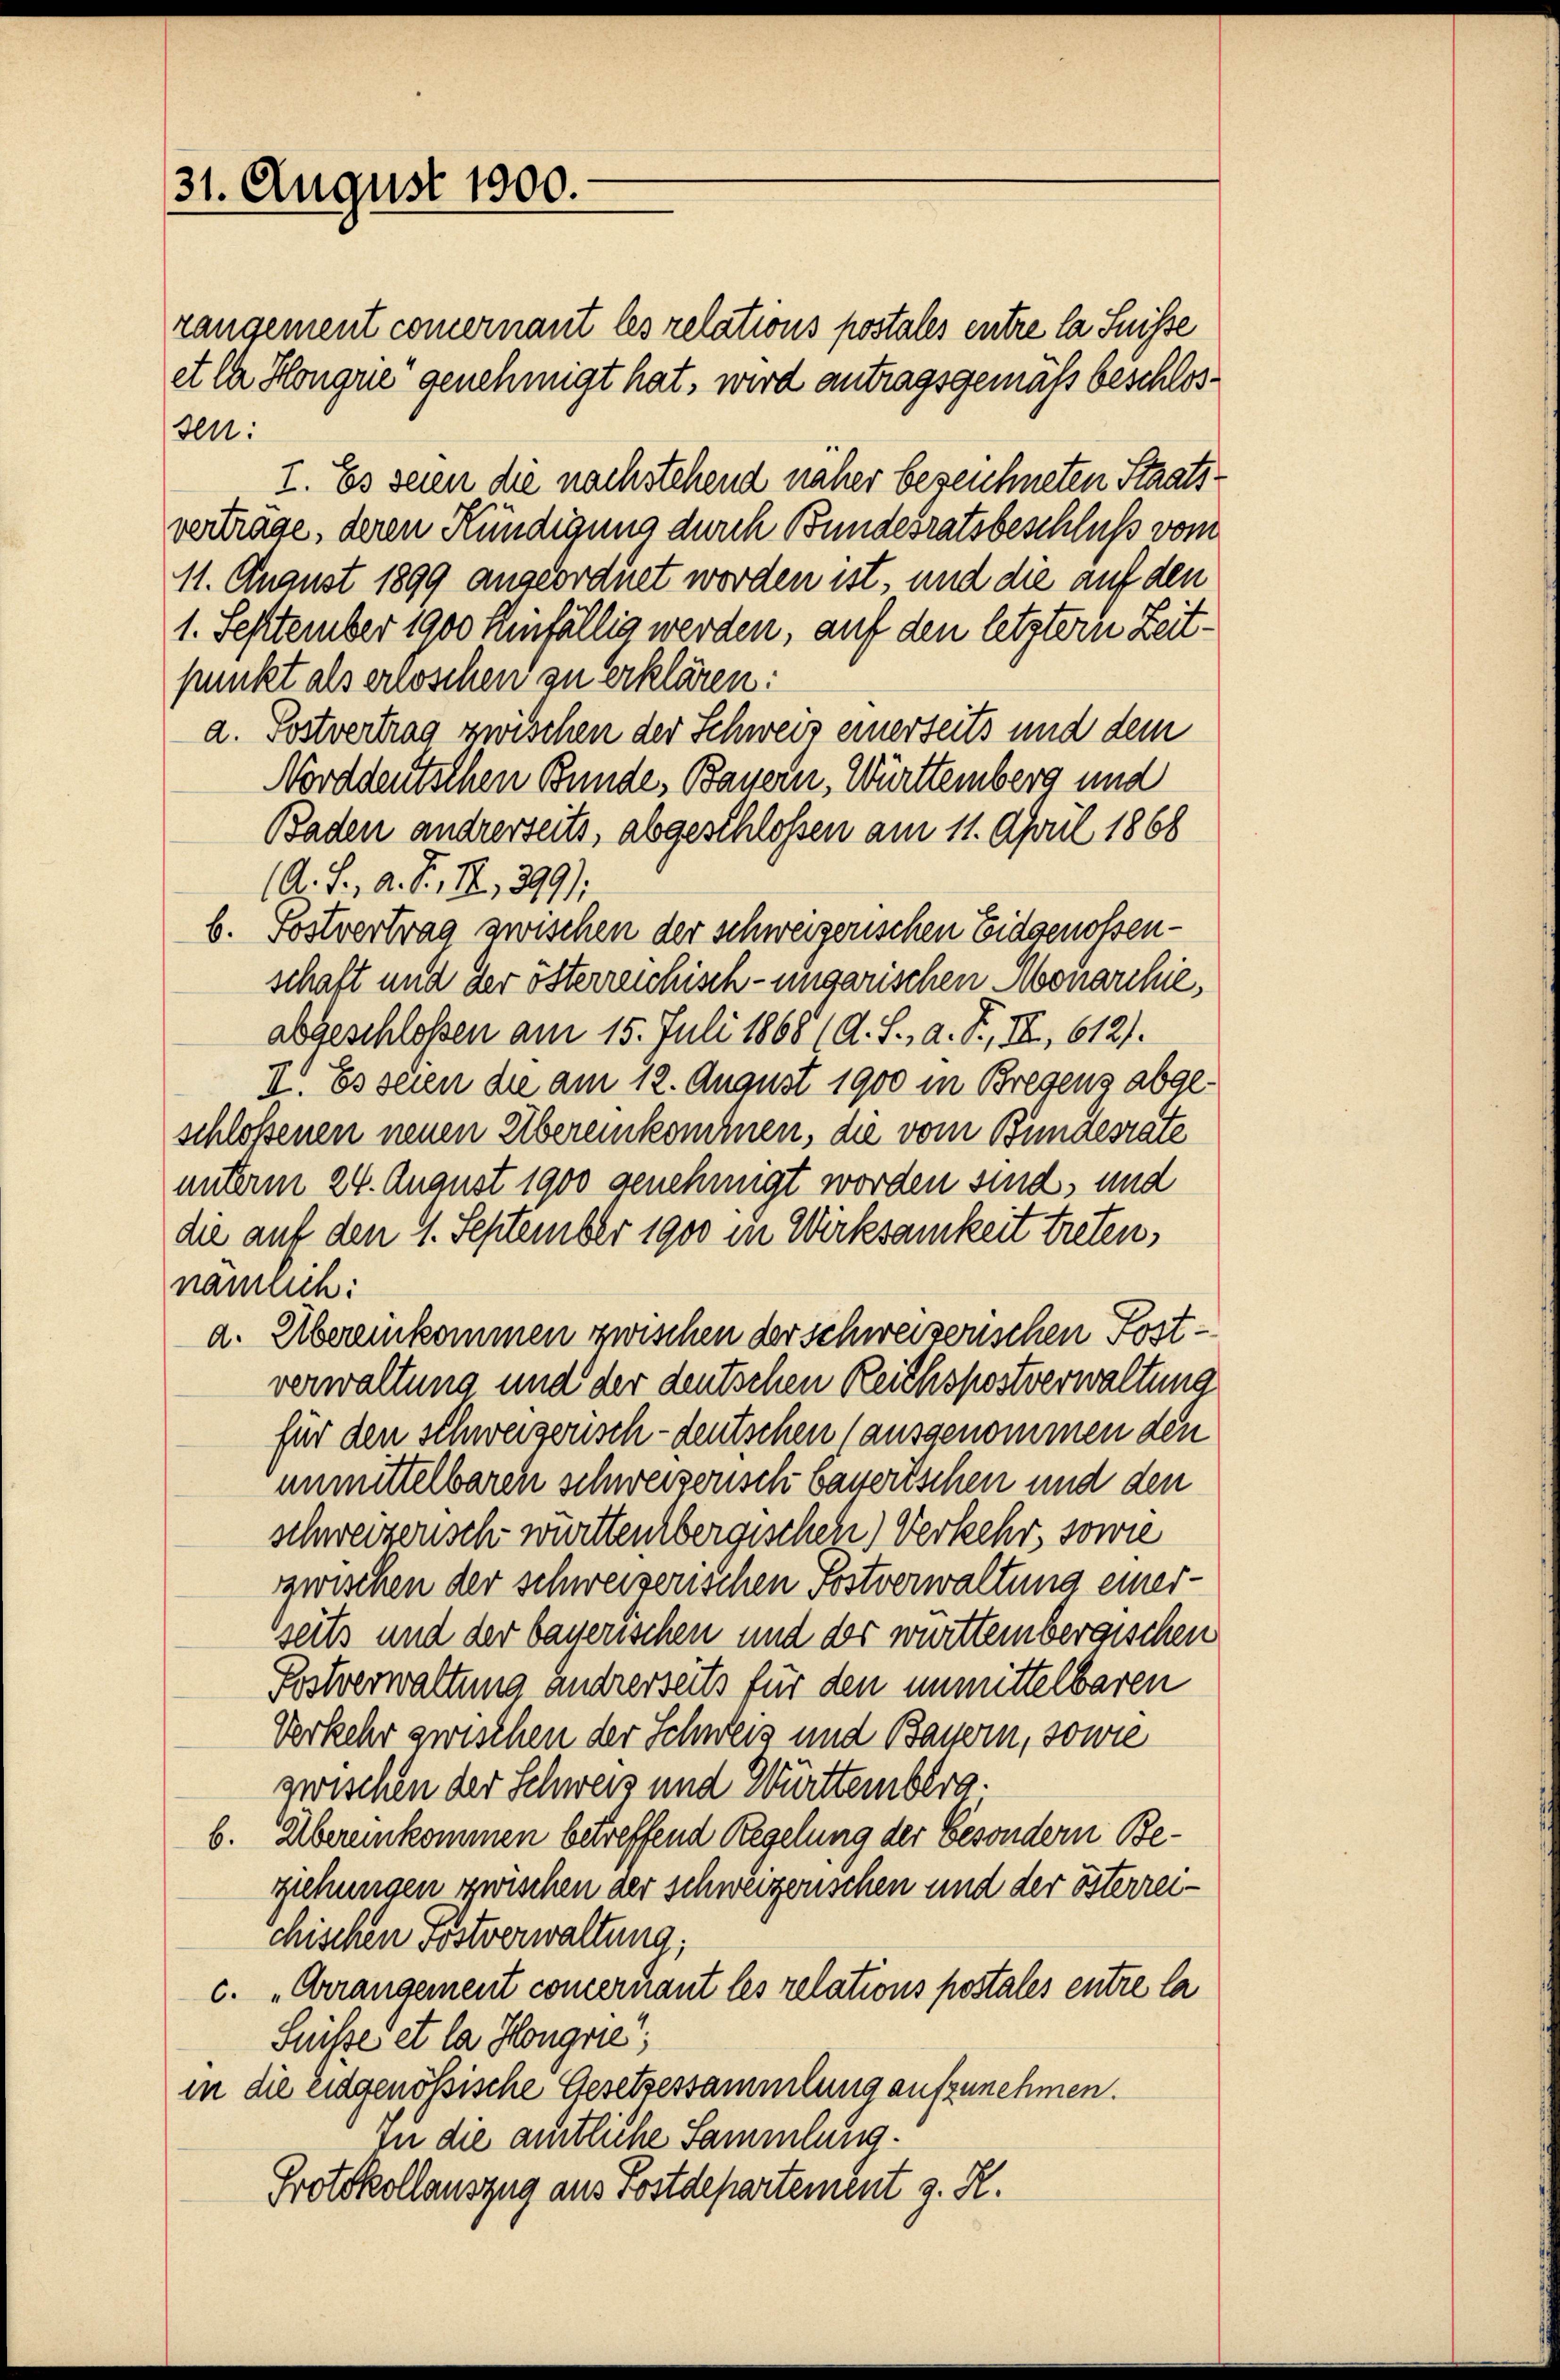
31. August 1800.

rangement commernant les relations postales entre la Suisse
et la Hongue genehmigt hat, wird antragsgemäß beschlossen.
I. Es seien die nachstehend näher bezeichneten Staatsverträge, deren Kündigung durch Bundesratsbeschluß vom
11. August 1899 angeordnet worden ist, und die auf den
1. September 1900 Einfällig werden, auf den letztern Zeitpunkt als erloschen zu erklären:
a. Postvertrag zwischen der Schweiz einerseits und dem
Norddeutschen Bunde, Bauern, Württemberg und
Baden andrerseits, abgeschlossen am 11. April 1868
(A. J. A. S. 12, 399);
b. Postvertrag zwischen der schweizerischen Eidgenossenschaft und der österreichisch-ungarischen Monarchieabgeschloßen am 15. Juli 1868 (d. J., a. R., III, 612).
II. Es seien die am 12. August 1900 in Bregenz abgeschloßenen neuen Übereinkommnen, die vom Bundesrate
unterm 24. August 1900 genehmigt worden sind, und
die auf den 1. September 1900 in Wirksamkeit treten,
nämlich:
a. Übereinkommen zwischen der schweizerischen Postverwaltung und der deutschen Reichspostverwaltung
für den schweizerisch-deutschen (ausgenommen den
unmittelbaren schweizerisch bauerischen und den
schweizerisch württembergischen) Verkehr, sowie
zzwischen der schweizerischen Postverwaltung einer-
seits und der bauerischen und der württembergischen
Postverwaltung andrerseits für den unmittelbaren
Verkehr zwischen der Schweis und Bauern, sowie
zwischen der Schweiz und Württemberg.
b. Übereinkommen betreffend Regelung der Besondern Beziehungen zwischen der schweizerischen und der österreichischen Postverwaltung;
c. „Arrangement concernant les relations postales entre la
Suisse et la Hongre
in die Eidgenössische Gesetzessammlung aufzunehmen.
in die amtliche Sammlung.
Protokollauszug aus Postdepartement z. R.